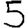
Digit: 5